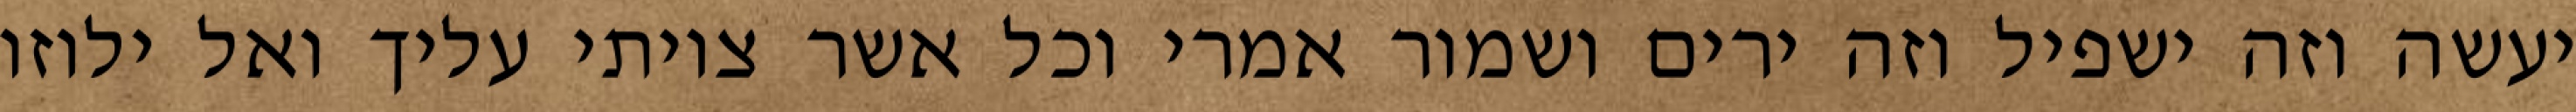
יעשה וזה ישפיל וזה ירים ושמור אמרי וכל אשר צויתי עליך ואל ילוזו